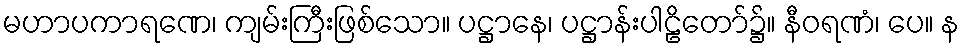
မဟာပကာရဏေ၊ ကျမ်းကြီးဖြစ်သော။ ပဋ္ဌာနေ၊ ပဋ္ဌာန်းပါဠိတော်၌။ နီဝရဏံ၊ ပေ။ န